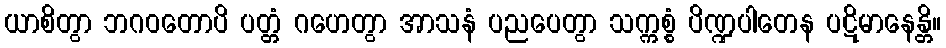
ယာစိတွာ ဘဂဝတောပိ ပတ္တံ ဂဟေတွာ အာသနံ ပညပေတွာ သက္ကစ္စံ ပိဏ္ဍပါတေန ပဋိမာနေန္တိ။